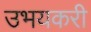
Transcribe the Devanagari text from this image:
उभयकरी